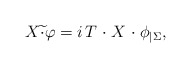
\begin{align*} X \widetilde{\cdot} \varphi = i \, T \; {\cdot} \; X \; {\cdot} \;\phi_{|\Sigma},\end{align*}